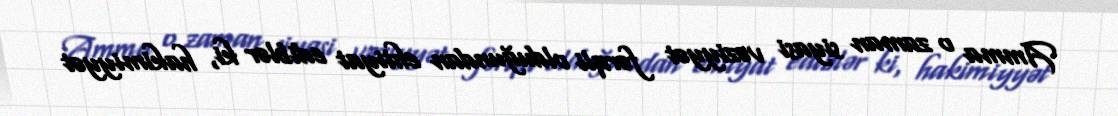
Amma o zaman siyasi vəziyyət fərqli olduğundan ehtiyat ediblər ki, hakimiyyət